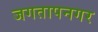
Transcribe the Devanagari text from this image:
जगतापनगर